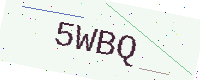
Text: 5WBQ